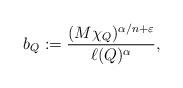
LaTeX: \begin{align*}b_Q:=\frac{(M\chi_Q)^{\alpha/n+\varepsilon}}{\ell(Q)^\alpha},\end{align*}